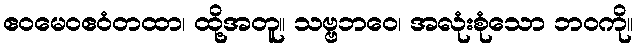
ဧဝမေဝဧဝံတထာ၊ ထို့အတူ။ သဗ္ဗဘဝေ၊ အလုံးစုံသော ဘဝကို။